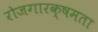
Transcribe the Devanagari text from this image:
रोजगारक्षमता